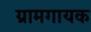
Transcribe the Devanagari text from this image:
ग्रामगायक